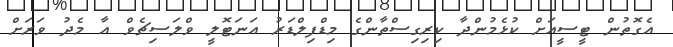
އެގޮތުން ޓީސީއަށް ކުޅެމުންދާ ކިރިގިސްތާންގެ މިޑްފިލްޑަރު އަނަޓޮލީ ވްލަސިޗެވް އާ މެދު ވަރަށް